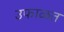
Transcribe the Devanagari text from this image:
उफाळत